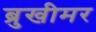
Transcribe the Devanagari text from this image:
ब्रुखीमर